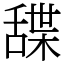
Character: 䑜